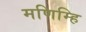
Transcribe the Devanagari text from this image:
मणिम्हि